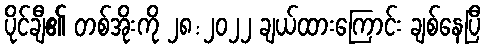
ပိုင်ချီ၏ တစ်အိုးကို ၂၈:၂၀၂၂ ချယ်ထားကြောင်း ချစ်နေပြီ